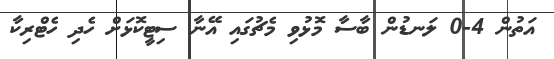
އަތުން 4-0 ލަނޑުން ބާސާ މޮޅުވި މެޗުގައި އޭނާ ސިޓީކޮޅަށް ހެދި ހެޓްރިކާ